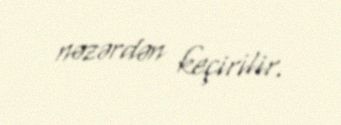
nəzərdən keçirilir.